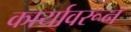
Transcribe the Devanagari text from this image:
कार्यावरून